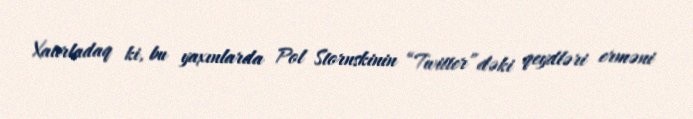
Xatırladaq ki, bu yaxınlarda Pol Stornskinin “Twitter”dəki qeydləri erməni